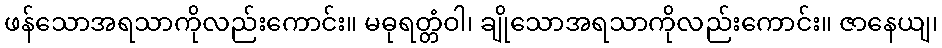
ဖန်သောအရသာကိုလည်းကောင်း။ မဓုရတ္တံဝါ၊ ချိုသောအရသာကိုလည်းကောင်း။ ဇာနေယျ၊